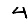
Digit: 4